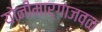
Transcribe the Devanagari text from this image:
योनीमार्गाजवळ